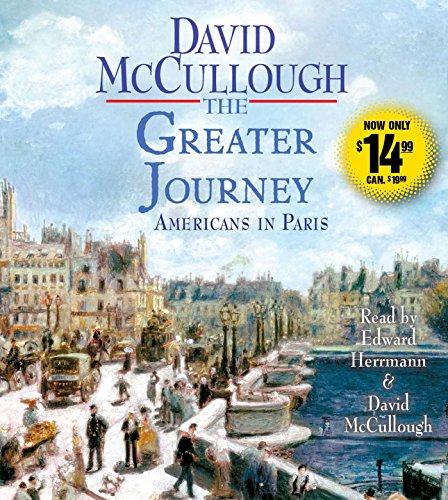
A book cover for The Greater Journey: Americans in Paris; David McCullough; History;